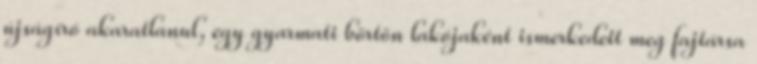
újságíró akaratlanul, egy gyarmati börtön lakójaként ismerkedett meg fajtársa